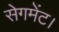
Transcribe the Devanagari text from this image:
सेगमेंट।